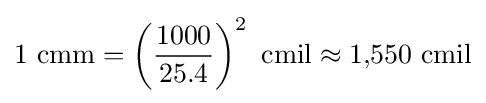
{\rm {1~cmm=\left({\frac {1000}{25.4}}\right)^{2}~cmil\approx 1{,}550~cmil}}